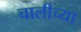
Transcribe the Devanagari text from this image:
चालीच्या